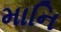
માનિ